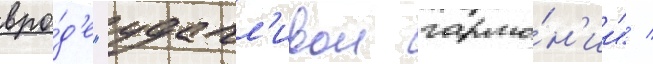
вро́д'е "удачл'ивои гармо́н'ии" /